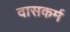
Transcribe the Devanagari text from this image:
दासकर्म